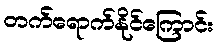
တက်ရောက်နိုင်ကြောင်း